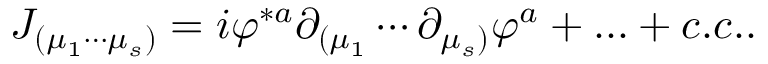
J _ { ( \mu _ { 1 } \cdots \mu _ { s } ) } = i \varphi ^ { * a } \partial _ { ( \mu _ { 1 } } \cdots \partial _ { \mu _ { s } ) } \varphi ^ { a } + \ldots + c . c . .